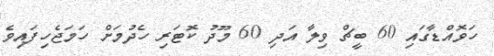
ހަވޮއްޑާގައި 60 ބީޗް ވިލާ އަދި 60 މޫދު ކޮޓަރި ހެދުމަށް ހަމަޖެހިފައިވެ